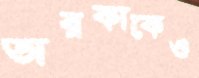
তারকাকেও